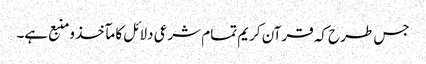
جس طرح کہ قرآن کریم تمام شرعی دلائل کا مآخذ ومنبع ہے۔